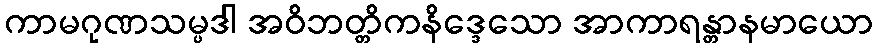
ကာမဂုဏသမ္ပဒါ အဝိဘတ္တိကနိဒ္ဒေသော အာကာရန္တာနမာယော